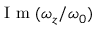
\mathrm { ~ I ~ m ~ } ( \omega _ { z } / \omega _ { 0 } )